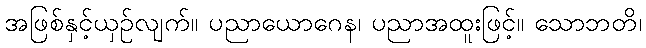
အဖြစ်နှင့်ယှဉ်လျက်။ ပညာယောဂေန၊ ပညာအထူးဖြင့်။ သောဘတိ၊